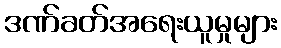
ဒဏ်ခတ်အရေးယူမှုများ